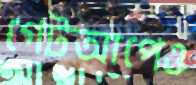
গেটআপেও